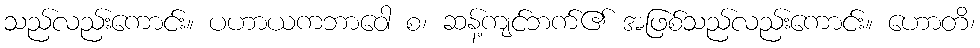
သည်လည်းကောင်း။ ပဟာယကဘာဝေါ စ၊ ဆန့်ကျင်ဘက်၏ အဖြစ်သည်လည်းကောင်း။ ဟောတိ၊